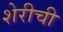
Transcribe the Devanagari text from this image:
शेरीची